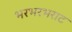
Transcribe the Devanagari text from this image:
भरभरभराट